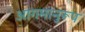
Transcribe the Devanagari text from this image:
आगमानुरूप